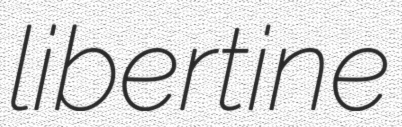
libertine